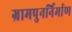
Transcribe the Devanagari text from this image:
ग्रामपुनर्निर्माण